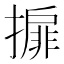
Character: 𢵞